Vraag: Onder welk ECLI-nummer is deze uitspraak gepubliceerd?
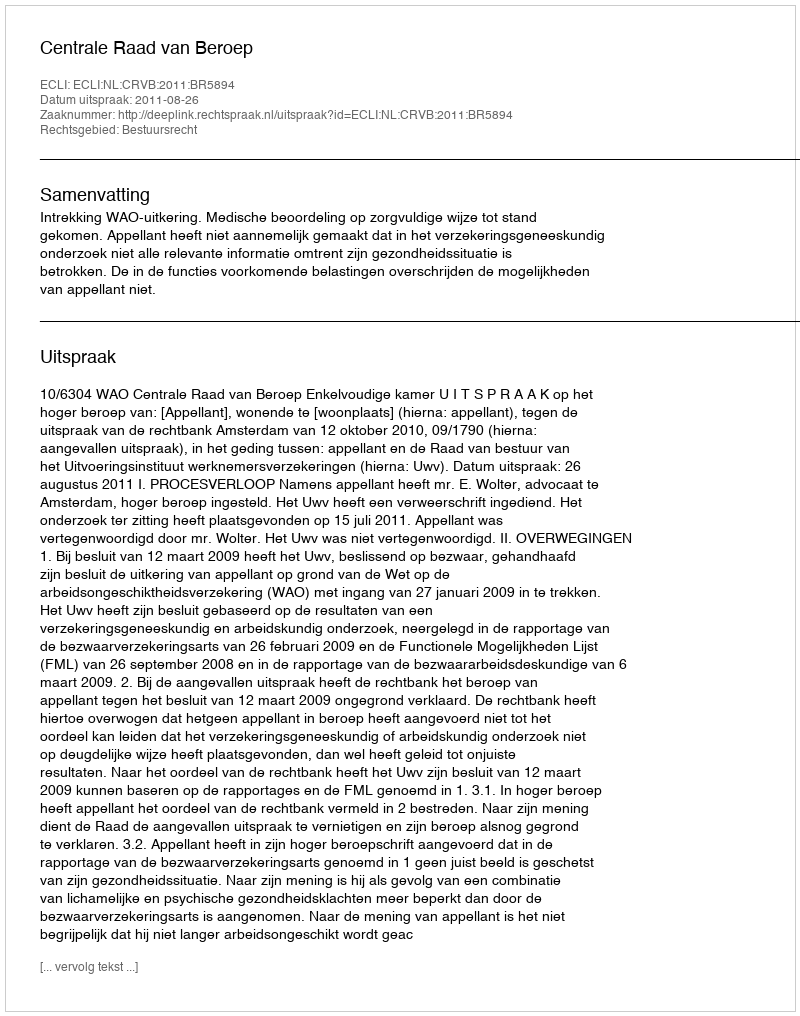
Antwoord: ECLI:NL:CRVB:2011:BR5894